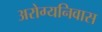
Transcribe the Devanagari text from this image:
अरोग्यनिवास